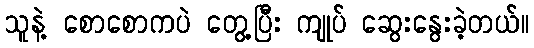
သူနဲ့ စောစောကပဲ တွေ့ပြီး ကျုပ် ဆွေးနွေးခဲ့တယ်။